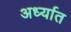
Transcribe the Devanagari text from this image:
अर्ध्यात